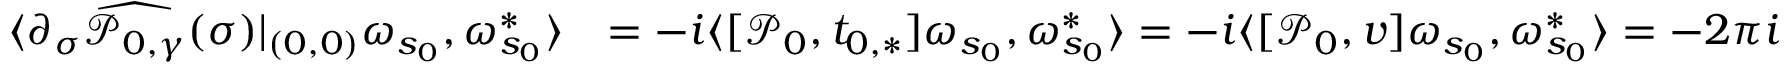
\begin{array} { r l } { \langle \partial _ { \sigma } \widehat { \mathcal { P } _ { 0 , \gamma } } ( \sigma ) | _ { ( 0 , 0 ) } \omega _ { s _ { 0 } } , \omega _ { s _ { 0 } } ^ { * } \rangle } & { = - i \langle [ \mathcal { P } _ { 0 } , t _ { 0 , * } ] \omega _ { s _ { 0 } } , \omega _ { s _ { 0 } } ^ { * } \rangle = - i \langle [ \mathcal { P } _ { 0 } , v ] \omega _ { s _ { 0 } } , \omega _ { s _ { 0 } } ^ { * } \rangle = - 2 \pi i } \end{array}